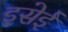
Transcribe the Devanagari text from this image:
इसेई